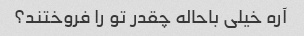
آره خیلی باحاله چقدر تو را فروختند؟